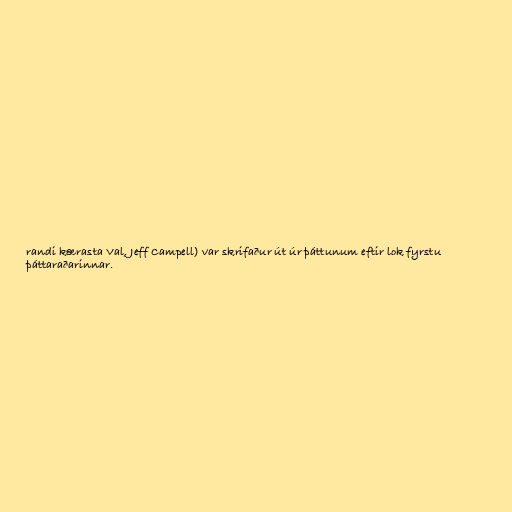
randi kærasta Val, Jeff Campell) var skrifaður út úr þáttunum eftir lok fyrstu
þáttaraðarinnar.